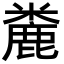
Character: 麊